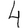
Digit: 4